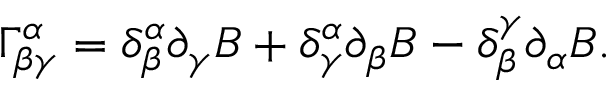
\Gamma _ { \beta \gamma } ^ { \alpha } = \delta _ { \beta } ^ { \alpha } \partial _ { \gamma } B + \delta _ { \gamma } ^ { \alpha } \partial _ { \beta } B - \delta _ { \beta } ^ { \gamma } \partial _ { \alpha } B .